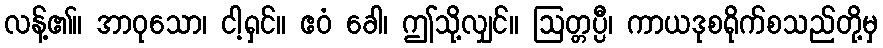
လန့်၏။ အာဝုသော၊ ငါ့ရှင်။ ဧဝံ ခေါ၊ ဤသို့လျှင်။ ဩတ္တပ္ပီ၊ ကာယဒုစရိုက်စသည်တို့မှ